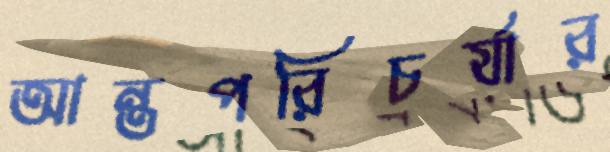
আন্তপরিচর্যার